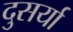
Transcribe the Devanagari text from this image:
दुसर्या